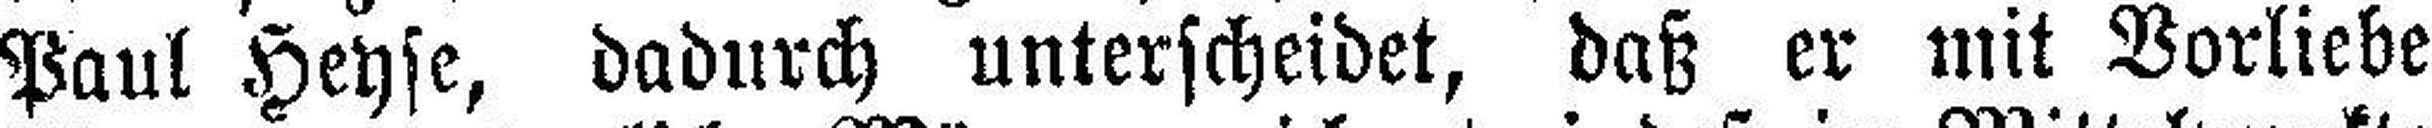
Paul Heyse, dadurch unterscheidet, daß er mit Vorliebe